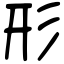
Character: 形